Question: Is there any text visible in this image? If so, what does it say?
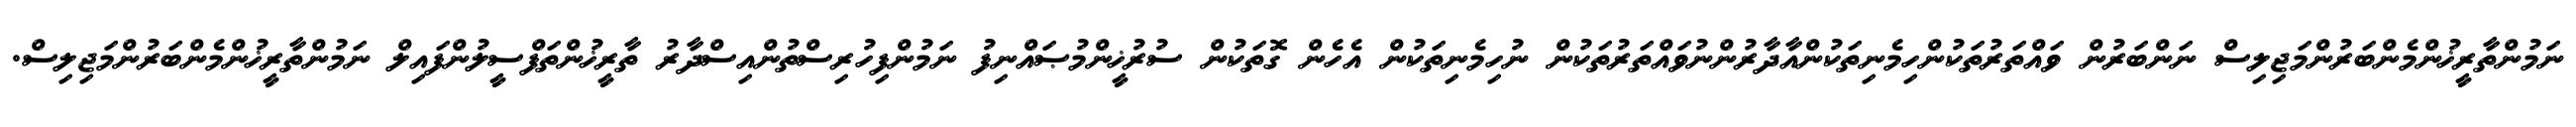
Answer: ނަމުންތާރީޚުންމެންބަރުންމަޖިލިސް ނަންބަރުން ވައްތަރުތަކުންހިމެނިތަކުންއާދާރުންނުވައްތަރުތަކުން ނުހިމެނިތަކުން އެހެން ގޮތަކުން ސުރުޚީންމުޞައްނިފު ނަމުންފިހުރިސްތުންއިސްދާރު ތާރީޚުންތަފްސީލުންފައިލް ނަމުންތާރީޚުންމެންބަރުންމަޖިލިސް.